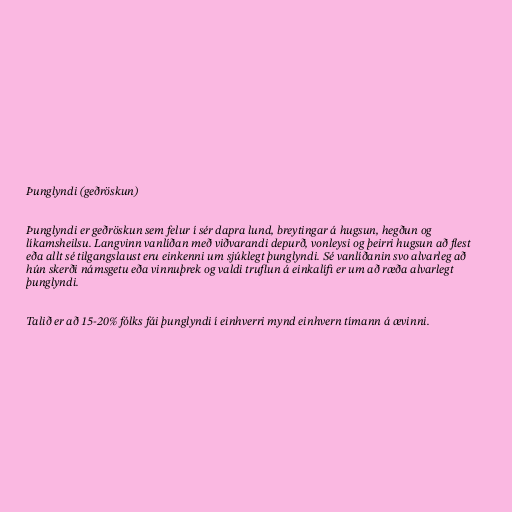
Þunglyndi (geðröskun)

Þunglyndi er geðröskun sem felur í sér dapra lund, breytingar á hugsun, hegðun og
líkamsheilsu. Langvinn vanlíðan með viðvarandi depurð, vonleysi og þeirri hugsun að flest
eða allt sé tilgangslaust eru einkenni um sjúklegt þunglyndi. Sé vanlíðanin svo alvarleg að
hún skerði námsgetu eða vinnuþrek og valdi truflun á einkalífi er um að ræða alvarlegt
þunglyndi.

Talið er að 15-20% fólks fái þunglyndi í einhverri mynd einhvern tímann á ævinni.